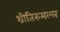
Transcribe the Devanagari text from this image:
श्रीतिरुमल्ल